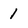
Character: 1